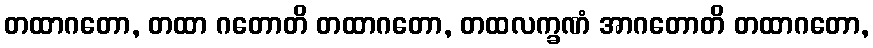
တထာဂတော, တထာ ဂတောတိ တထာဂတော, တထလက္ခဏံ အာဂတောတိ တထာဂတော,